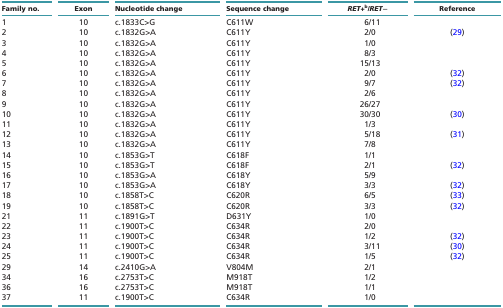
<table><thead><tr><td><b>Family no.</b></td><td><b>Exon</b></td><td><b>Nucleotide change</b></td><td><b>Sequence change</b></td><td><b><i>RET</i>+<sup>b</sup>/<i>RET</i>−</b></td><td><b>Reference</b></td></tr></thead><tbody><tr><td>1</td><td>10</td><td>c.1833C&gt;G</td><td>C611W</td><td>6/11</td><td></td></tr><tr><td>2</td><td>10</td><td>c.1832G&gt;A</td><td>C611Y</td><td>2/0</td><td>(29)</td></tr><tr><td>3</td><td>10</td><td>c.1832G&gt;A</td><td>C611Y</td><td>1/0</td><td></td></tr><tr><td>4</td><td>10</td><td>c.1832G&gt;A</td><td>C611Y</td><td>8/3</td><td></td></tr><tr><td>5</td><td>10</td><td>c.1832G&gt;A</td><td>C611Y</td><td>15/13</td><td></td></tr><tr><td>6</td><td>10</td><td>c.1832G&gt;A</td><td>C611Y</td><td>2/0</td><td>(32)</td></tr><tr><td>7</td><td>10</td><td>c.1832G&gt;A</td><td>C611Y</td><td>9/7</td><td>(32)</td></tr><tr><td>8</td><td>10</td><td>c.1832G&gt;A</td><td>C611Y</td><td>2/6</td><td></td></tr><tr><td>9</td><td>10</td><td>c.1832G&gt;A</td><td>C611Y</td><td>26/27</td><td></td></tr><tr><td>10</td><td>10</td><td>c.1832G&gt;A</td><td>C611Y</td><td>30/30</td><td>(30)</td></tr><tr><td>11</td><td>10</td><td>c.1832G&gt;A</td><td>C611Y</td><td>1/3</td><td></td></tr><tr><td>12</td><td>10</td><td>c.1832G&gt;A</td><td>C611Y</td><td>5/18</td><td>(31)</td></tr><tr><td>13</td><td>10</td><td>c.1832G&gt;A</td><td>C611Y</td><td>7/8</td><td></td></tr><tr><td>14</td><td>10</td><td>c.1853G&gt;T</td><td>C618F</td><td>1/1</td><td></td></tr><tr><td>15</td><td>10</td><td>c.1853G&gt;T</td><td>C618F</td><td>2/1</td><td>(32)</td></tr><tr><td>16</td><td>10</td><td>c.1853G&gt;A</td><td>C618Y</td><td>5/9</td><td></td></tr><tr><td>17</td><td>10</td><td>c.1853G&gt;A</td><td>C618Y</td><td>3/3</td><td>(32)</td></tr><tr><td>18</td><td>10</td><td>c.1858T&gt;C</td><td>C620R</td><td>6/5</td><td>(33)</td></tr><tr><td>19</td><td>10</td><td>c.1858T&gt;C</td><td>C620R</td><td>3/3</td><td>(32)</td></tr><tr><td>21</td><td>11</td><td>c.1891G&gt;T</td><td>D631Y</td><td>1/0</td><td></td></tr><tr><td>22</td><td>11</td><td>c.1900T&gt;C</td><td>C634R</td><td>2/0</td><td></td></tr><tr><td>23</td><td>11</td><td>c.1900T&gt;C</td><td>C634R</td><td>1/2</td><td>(32)</td></tr><tr><td>24</td><td>11</td><td>c.1900T&gt;C</td><td>C634R</td><td>3/11</td><td>(30)</td></tr><tr><td>25</td><td>11</td><td>c.1900T&gt;C</td><td>C634R</td><td>1/5</td><td>(32)</td></tr><tr><td>29</td><td>14</td><td>c.2410G&gt;A</td><td>V804M</td><td>2/1</td><td></td></tr><tr><td>34</td><td>16</td><td>c.2753T&gt;C</td><td>M918T</td><td>1/2</td><td></td></tr><tr><td>36</td><td>16</td><td>c.2753T&gt;C</td><td>M918T</td><td>1/1</td><td></td></tr><tr><td>37</td><td>11</td><td>c.1900T&gt;C</td><td>C634R</td><td>1/0</td><td></td></tr></tbody></table>